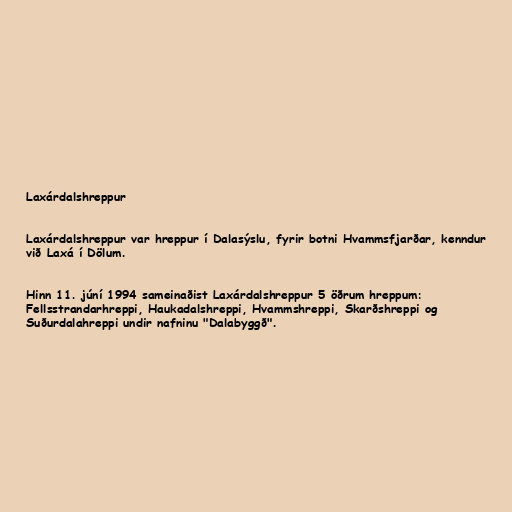
Laxárdalshreppur

Laxárdalshreppur var hreppur í Dalasýslu, fyrir botni Hvammsfjarðar, kenndur
við Laxá í Dölum.

Hinn 11. júní 1994 sameinaðist Laxárdalshreppur 5 öðrum hreppum:
Fellsstrandarhreppi, Haukadalshreppi, Hvammshreppi, Skarðshreppi og
Suðurdalahreppi undir nafninu "Dalabyggð".